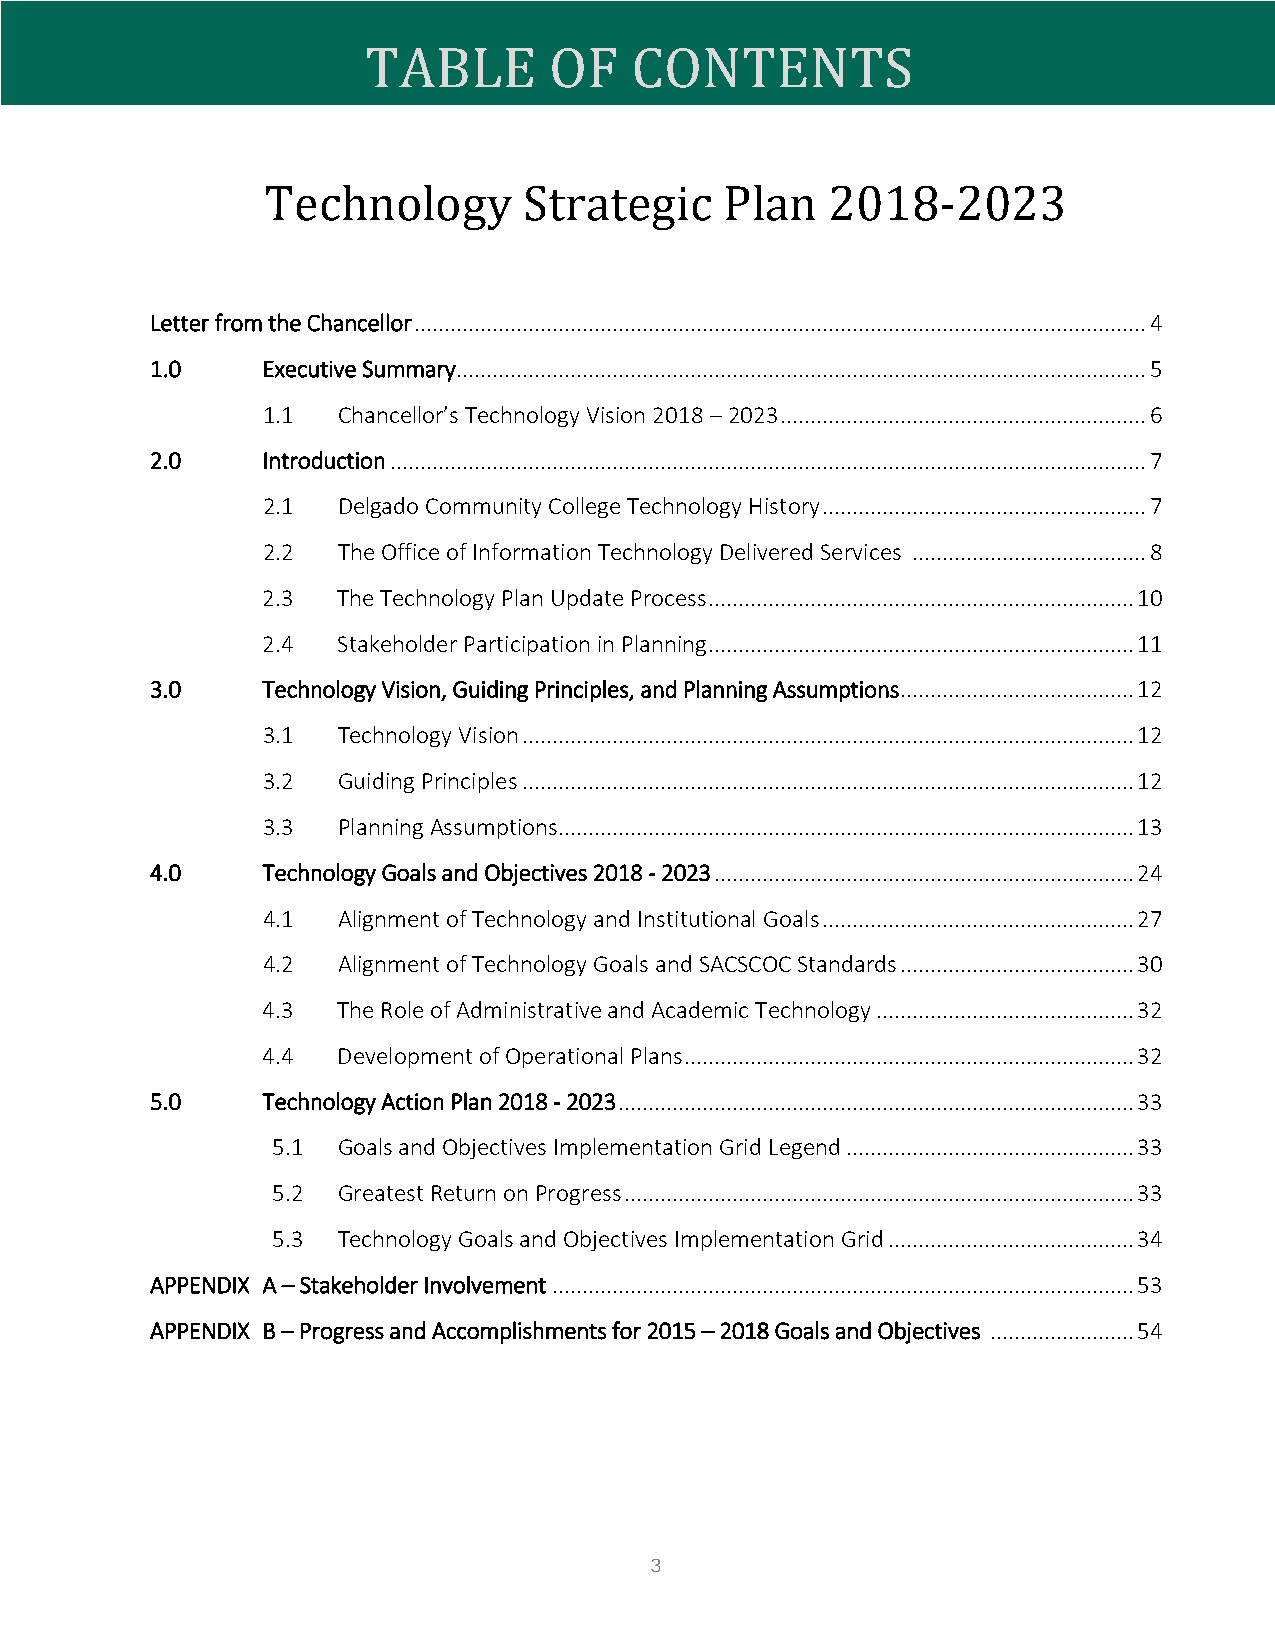
2
 TABLE       OF    CONTENTS
 Technology        Strategic    Plan   2018-2023
 Letter from the Chancellor .......................................................................................................................... 4
 1.0    Executive Summary ................................................................................................................... 5
 1.1  Chancellor’s Technology Vision 2018 – 2023 ............................................................. 6
 2.0    Introduction .............................................................................................................................. 7
 2.1  Delgado Community College Technology History ...................................................... 7
 2.2  The Office of Information Technology Delivered Services ....................................... 8
 2.3  The Technology Plan Update Process ....................................................................... 10
 2.4  Stakeholder Participation in Planning ....................................................................... 11
 3.0    Technology Vision, Guiding Principles, and Planning Assumptions ....................................... 12
 3.1  Technology Vision ...................................................................................................... 12
 3.2  Guiding Principles ...................................................................................................... 12
 3.3  Planning Assumptions................................................................................................ 13
 4.0    Technology Goals and Objectives 2018 - 2023 ...................................................................... 24
 4.1  Alignment of Technology and Institutional Goals .................................................... 27
 4.2  Alignment of Technology Goals and SACSCOC Standards ....................................... 30
 4.3  The Role of Administrative and Academic Technology ........................................... 32
 4.4  Development of Operational Plans ........................................................................... 32
 5.0    Technology Action Plan 2018 - 2023 ...................................................................................... 33
 5.1 Goals and Objectives Implementation Grid Legend ................................................ 33
 5.2 Greatest Return on Progress ..................................................................................... 33
 5.3 Technology Goals and Objectives Implementation Grid ......................................... 34
 APPENDIX A – Stakeholder Involvement ................................................................................................. 53
 APPENDIX B – Progress and Accomplishments for 2015 – 2018 Goals and Objectives ........................ 54
 3